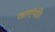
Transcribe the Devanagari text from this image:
जाएंगीं।